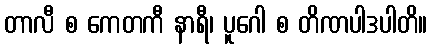
တာလီ စ ကေတကီ နာရီ၊ ပူဂေါ စ တိဏပါဒပါတိ။